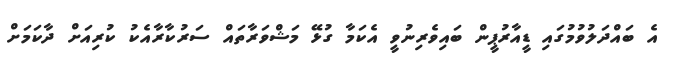
އެ ބައްދަލުވުމުގައި ޑީއާރުޕީން ބައިވެރިނުވީ އެކަމާ ގުޅޭ މަޝްވަރާތައް ސަރުކާރާއެކު ކުރިއަށް ދާކަމަށް